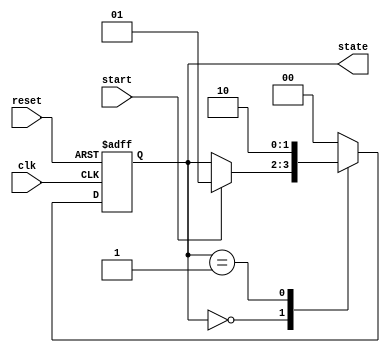
module fsm_example (
    input wire clk,          // Clock input
    input wire reset,        // Asynchronous reset
    input wire start,        // Start signal to initiate the FSM
    output reg [1:0] state   // 2-bit state output
);

    // State encoding
    localparam STATE_IDLE = 2'b00;
    localparam STATE_RUN  = 2'b01;
    localparam STATE_DONE = 2'b10;

    // Initial state
    initial begin
        state = STATE_IDLE;
    end

    // FSM behavior using @ (event)
    always @(posedge clk or posedge reset) begin
        if (reset) begin
            state <= STATE_IDLE; // Reset to idle state
        end else begin
            case (state)
                STATE_IDLE: begin
                    if (start) begin
                        state <= STATE_RUN; // Transition to run state
                    end
                end
                STATE_RUN: begin
                    // Simulate some processing
                    // After some condition, transition to done state
                    state <= STATE_DONE; // Transition to done state
                end
                STATE_DONE: begin
                    // Stay in done state or reset based on some condition
                    state <= STATE_IDLE; // Transition back to idle state
                end
                default: state <= STATE_IDLE; // Default case
            endcase
        end
    end

endmodule